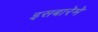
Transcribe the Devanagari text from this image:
इसबारेमे